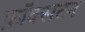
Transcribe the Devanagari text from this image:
फ़ॉक्सटन